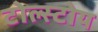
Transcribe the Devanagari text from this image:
टोल्स्टोय